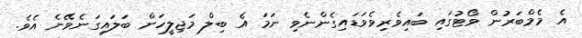
އެ މެމްބަރުން ވޯޓުގައި ބައިވެރިވެވަޑައިގެންނެވި ނަމަ އެ ބިލް މަޖިލީހަށް ބަލައިގަނެވޭނެ އެވެ.